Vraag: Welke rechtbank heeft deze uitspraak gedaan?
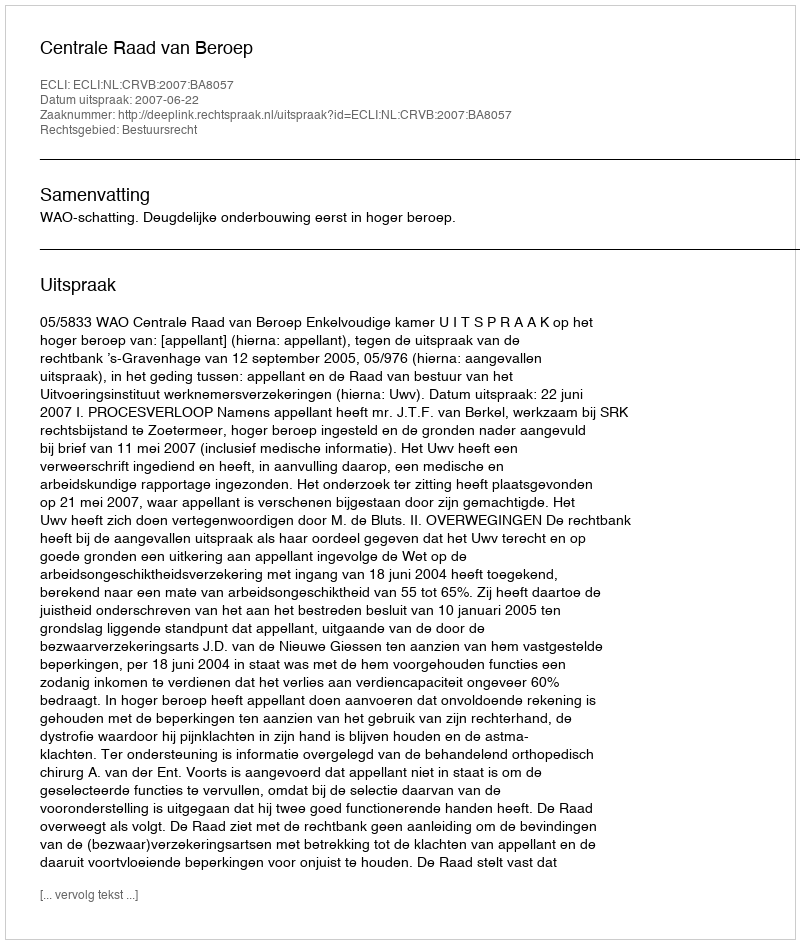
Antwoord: Centrale Raad van Beroep